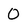
Character: 0